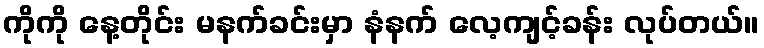
ကိုကို နေ့တိုင်း မနက်ခင်းမှာ နံနက် လေ့ကျင့်ခန်း လုပ်တယ်။